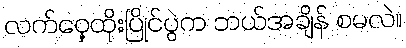
လက်ဝှေ့ထိုးပြိုင်ပွဲက ဘယ်အချိန် စမလဲ။